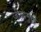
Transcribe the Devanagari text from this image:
जीवानुंची